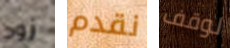
زود نقدم لوقف